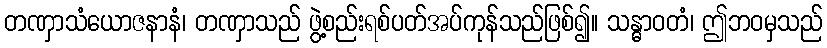
တဏှာသံယောဇနာနံ၊ တဏှာသည် ဖွဲ့စည်းရစ်ပတ်အပ်ကုန်သည်ဖြစ်၍။ သန္ဓာဝတံ၊ ဤဘဝမှသည်